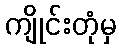
ကျိုင်းတုံမှ